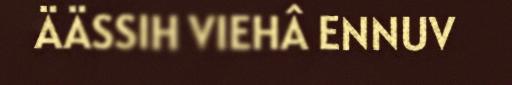
ÄÄSSIH VIEHÂ ENNUV